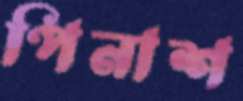
পিনাশ